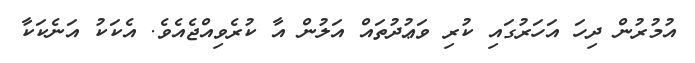
އުމުރުން ދިހަ އަހަރުގައި ކުރި ވަޢުދުތައް އަލުން އާ ކުރެވިއްޖެއެވެ. އެކަކު އަނެކަކާ